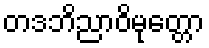
တဒဘိညာဝိမုတ္တော